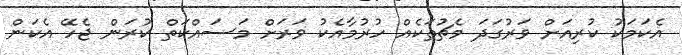
އެކަމަކު ކުރިއަށް ވަރުގަދަ މެޗުތަކެއް ހުރުމާއެކު ވަރަށް މަސައްކަތް ކުރަން ޖެހޭ އެކަން